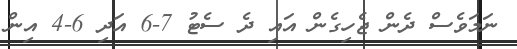
ނަމަވެސް ދެން ޖެހިގެން އައި ދެ ސެޓު 7-6 އަދި 6-4 އިން